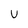
Character: U